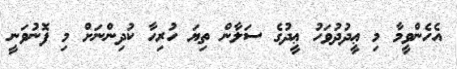
އެހެންވީމާ މި ޢީދުދުވަހު ޢީދުގެ ސަލާން ތިޔަ ހުރިހާ ކުދިންނަށް މި ފޮނުވަނީ